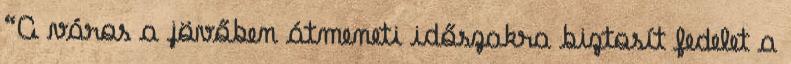
“A város a jövőben átmeneti időszakra biztosít fedelet a